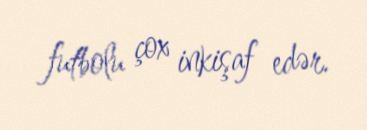
futbolu çox inkişaf edər.